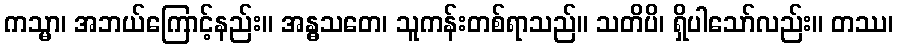
ကသ္မာ၊ အဘယ်ကြောင့်နည်း။ အန္ဓသတေ၊ သူကန်းတစ်ရာသည်။ သတိပိ၊ ရှိပါသော်လည်း။ တဿ၊